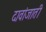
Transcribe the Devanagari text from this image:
दावांजाती